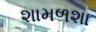
શામળશા